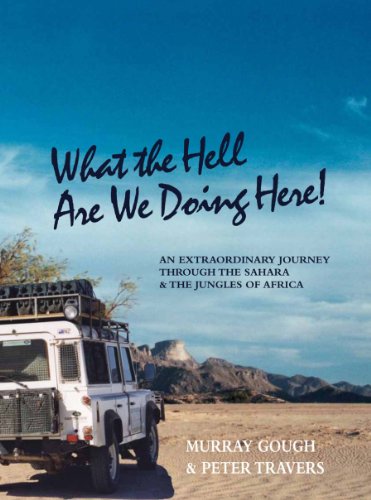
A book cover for Across the Sahara by Land Rover to West and Central Africa [What the Hell Are We Doing Here!]; Murray Gough; Travel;